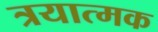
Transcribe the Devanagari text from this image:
त्रयात्मक